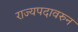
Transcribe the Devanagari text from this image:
राज्यपदावरुन